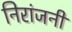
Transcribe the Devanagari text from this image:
निरांजनी